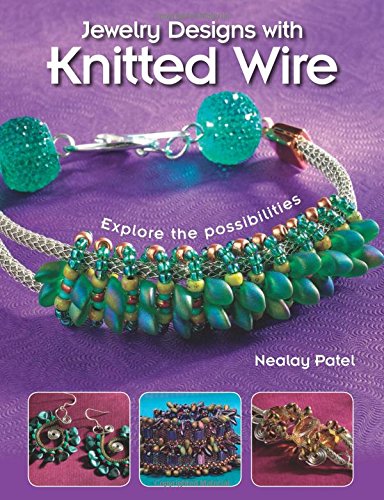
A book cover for Jewelry Designs with Knitted Wire: Explore the possibilities; Nealay Patel; Crafts, Hobbies & Home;